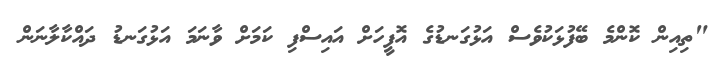
"ތިއިން ކޮންމެ ބޭފުޅަކުވެސް އަޅުގަނޑުގެ އޮފީހަށް އައިސްފި ކަމަށް ވާނަމަ އަޅުގަނޑު ދައްކާލާނަން